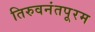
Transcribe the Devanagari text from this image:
तिरुवनंतपूरम